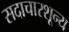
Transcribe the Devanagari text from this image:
सदाचारशून्य